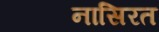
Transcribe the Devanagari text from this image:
नासिरत